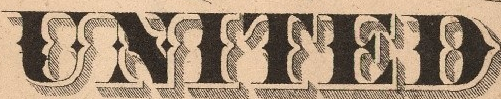
UNITED